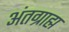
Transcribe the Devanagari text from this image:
अंतग्राह्म